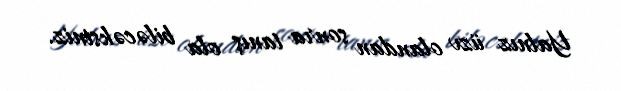
Yalnız üzv olandan sonra tanış ola biləcəksiniz.